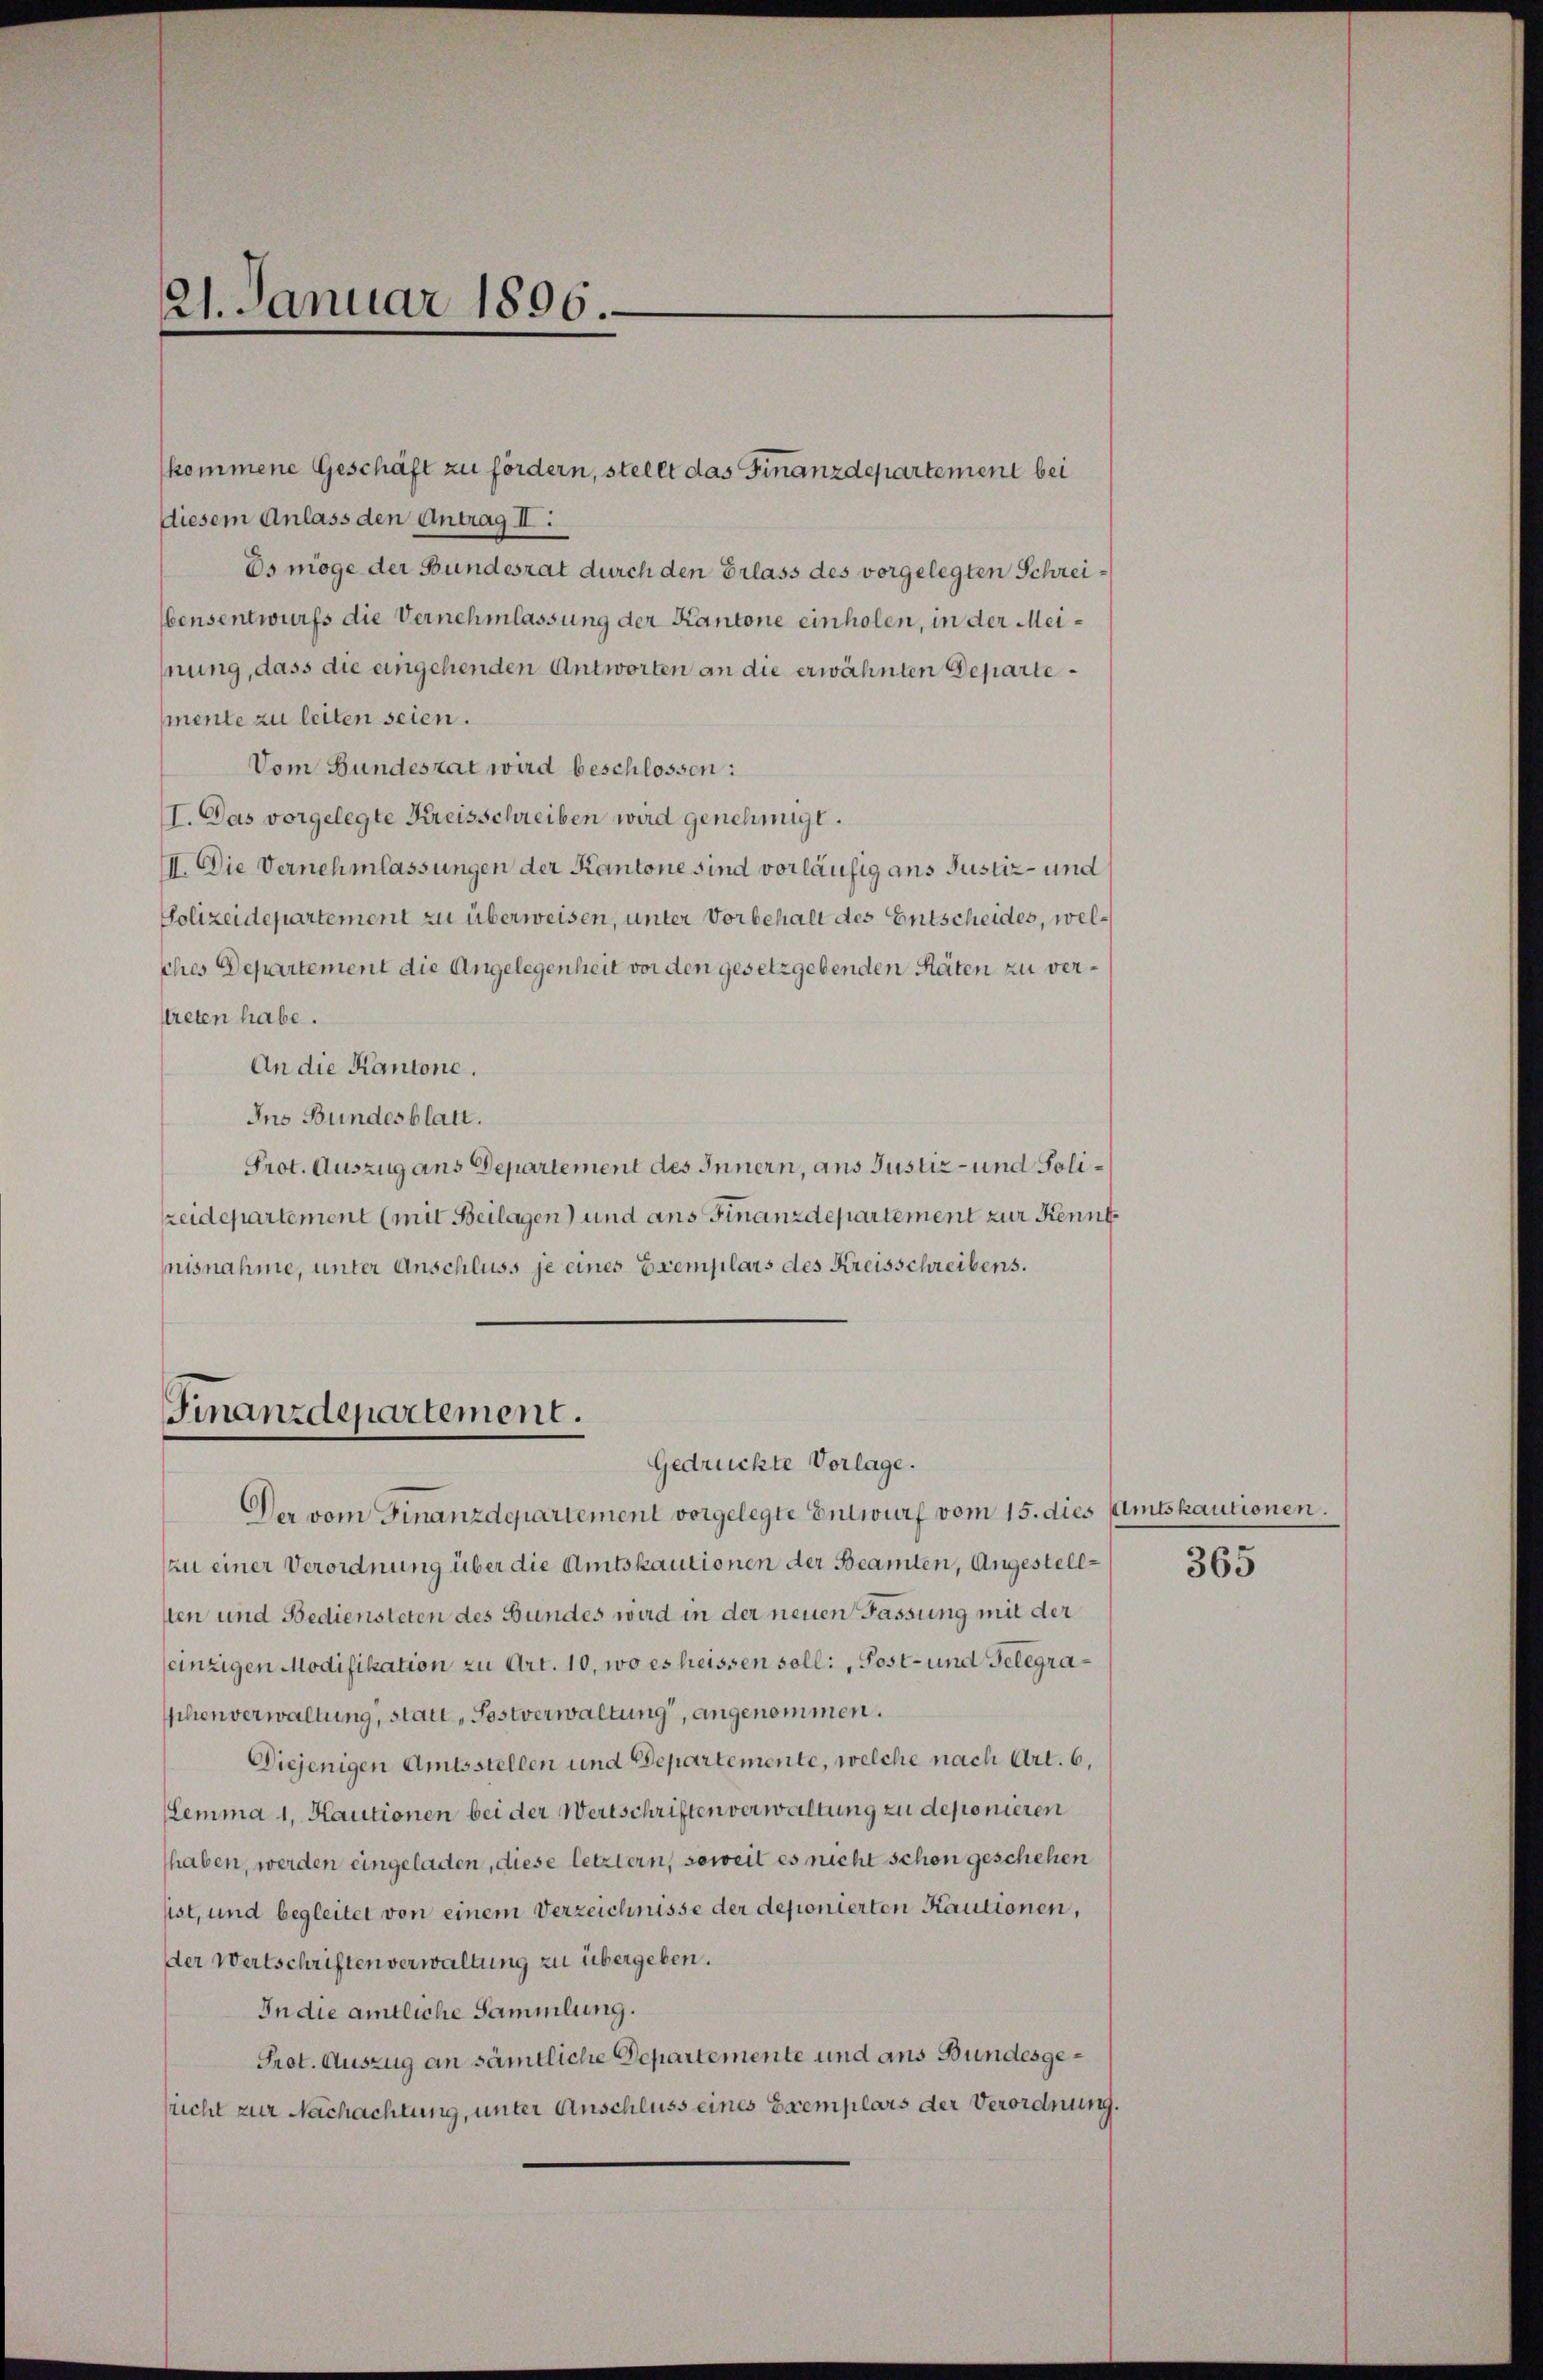
21. Januar 1806.

diesem Anlass den Antrag II:
Es möge der Bundesrat durch den Erlass des vorgelegten Schrei¬
Wensentwurfs die Vernehmlassung der Kantone einholen, in der Meinung, dass die angehenden Antworten an die erwähnten Departemente zu leiten seien.
Vom Bundesrat wird beschlossen:
I. Das vorgelegte Kreisschreiben wird genehmigt.
II. Die Vernehmlassungen der Kantone sind vorläufig ans Justiz- und
Polizeidepartement zu überweisen, unter Vorbehalt des Entscheides, welches Departement die Angelegenheit vor den gesetzgebenden Räten zu verftreten habe.
An die Kantone.
Ins Bundesblatt.
Prot. Auszug ans Departement des Innern, aus Justiz- und Polizeidepartement (mit Beilagen) und ans Finanzdepartement zur Kenntnisnahme, unter Anschluss je eines Exemplars des Kreisschreibens.

kommene Geschäft zu fördern, stellt das Finanzdepartement bei

Finanzdepartement.
Gedrückte Vorlage.

Der vom Finanzdepartement vorgelegte Entwurf vom 15. dies (Amtskautionen.
(zu einer Verordnung über die Amtskautionen der Beamten, Angestell-365
sten und Bediensteten des Bundes wird in der neuen Fassung mit der
einzigen Modifikation zu Art. 10, wo es heissen soll:, Post- und Gelegraschenverwaltung, statt, Postverwaltung, angenommen.
Diejenigen Amtsstellen und Departemente, welche nach Art. 6,
Lemma 1. Kautionen bei der Wertschriften verwaltung zu deponieren
haben, werden eingeladen, diese letztern, soweit es nicht schon geschehen
sist, und begleitet von einem Verzeichnisse der deponierten Kautionen,
der Wertschriften verwaltung zu übergeben.
In die amtliche Sammlung.
Prot. Auszug an sämtliche Departemente und aus Bundesgesricht zur Nachachtung, unter Anschluss eines Exemplars der Verordnung.